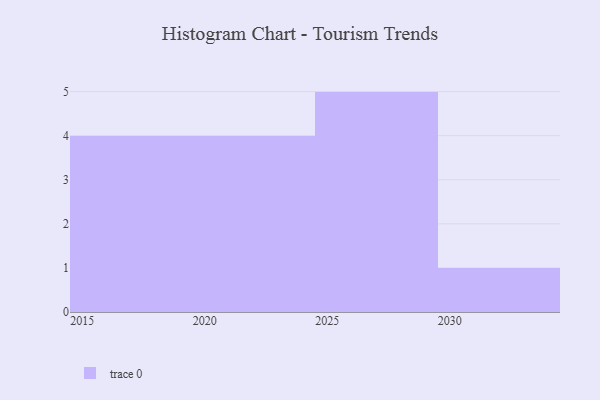
{"axis": {"x": "Year", "y": "Tickets Resolved"}, "legend": [""], "data": [{"x": "2020", "y": 82, "type": ""}, {"x": "2029", "y": 35, "type": ""}, {"x": "2028", "y": 95, "type": ""}, {"x": "2027", "y": 28, "type": ""}, {"x": "2022", "y": 60, "type": ""}, {"x": "2021", "y": 80, "type": ""}, {"x": "2017", "y": 28, "type": ""}, {"x": "2018", "y": 97, "type": ""}, {"x": "2026", "y": 27, "type": ""}, {"x": "2016", "y": 25, "type": ""}, {"x": "2015", "y": 79, "type": ""}, {"x": "2030", "y": 95, "type": ""}, {"x": "2024", "y": 100, "type": ""}, {"x": "2025", "y": 6, "type": ""}]}